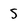
Character: 5